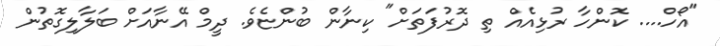
"އޯހް.... ކޮންހާ ރުޅިއެއް ތި ދޮރުފަތަށް" ކިނާން ބުންޏެވެ. ދީމް އޭނާއަށް ބަލާލިގޮތުން